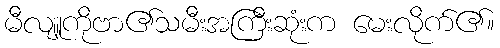
မီလျူကိုဗာ၏သမီးအကြီးဆုံးက မေးလိုက်၏။